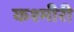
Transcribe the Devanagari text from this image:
कश्‍मीरी